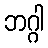
ဘဂ္ဂါ